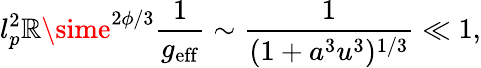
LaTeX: l_{p}^{2}\mathbb{R}\sime^{2\phi/3}\frac{{1}}{{g_{\mathrm{{eff}}}}}\sim\frac{{1}}{{(1+a^{3}u^{3})^{1/3}}}\ll1,